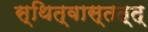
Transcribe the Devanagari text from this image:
स्थित्वास्तत्त्